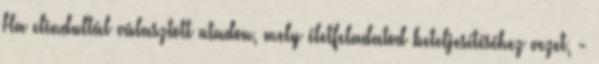
Ha elindultál választott utadon, mely életfeladatod beteljesítéséhez vezet, -